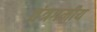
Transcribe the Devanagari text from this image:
तंत्रगमीय